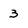
Character: 3